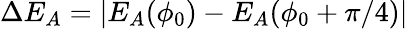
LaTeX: \Delta E_{A}=|E_{A}(\phi_{0})-E_{A}(\phi_{0}+\pi/4)|